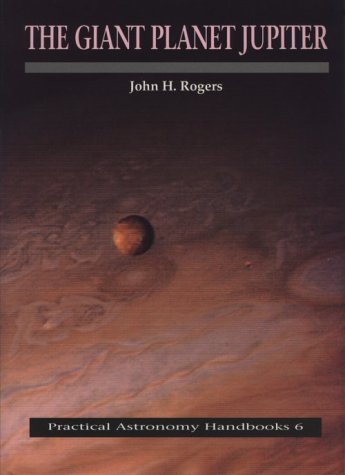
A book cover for The Giant Planet Jupiter (Practical Astronomy Handbooks); John H. Rogers; Science & Math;